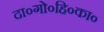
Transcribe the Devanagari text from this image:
दा०गो०हि०का०